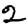
Digit: 2